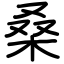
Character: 桑